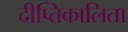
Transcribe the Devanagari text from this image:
दीप्तिकालिता